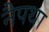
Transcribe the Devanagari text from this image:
नैपथा